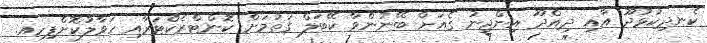
ކެނދިކުޅުދޫ އާއި ދިއްދޫ އިންޖީނު ގެއަށް ބޭނުންވާ ކޭބަލް ގަތުމަށް ކޮންޓްރެކްޓަރާއި ހަވާލުކޮށްފިހއ.